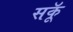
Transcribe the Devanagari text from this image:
सकॅू